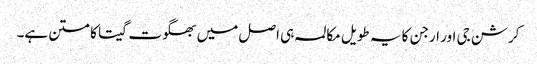
کرشن جی اور ارجن کا یہ طویل مکالمہ ہی اصل میں بھگوت گیتا کا متن ہے۔